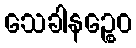
သေခါနဉ္စေဝ